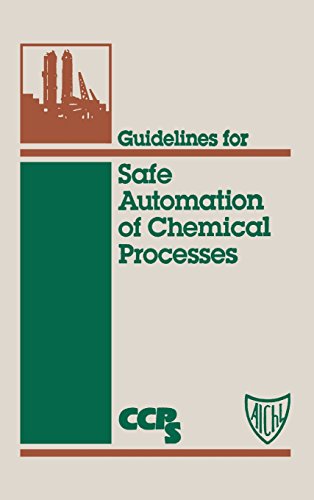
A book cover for Guidelines for Safe Automation of Chemical Processes; Center for Chemical Process Safety (CCPS; Science & Math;